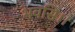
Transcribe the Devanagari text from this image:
भवसि।।